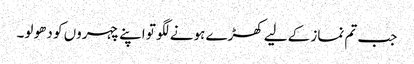
جب تم نماز کےلیے کھڑے ہونے لگو تو اپنے چہروں کو دھو لو۔